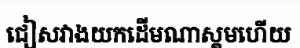
ជៀសវាងយកដើមណាស្គមហើយ